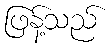
ဖြန့်သည်